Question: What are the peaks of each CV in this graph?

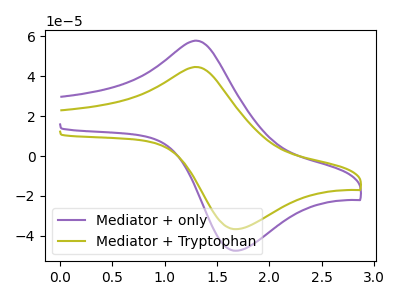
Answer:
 <answer>The purple curve "Mediator + only" has an anodic peak at (1.30V, 57.90uA) and a cathodic peak at (1.70V, -47.45uA). The olive curve "Mediator + Tryptophan" has an anodic peak at (1.30V, 44.70uA) and a cathodic peak at (1.70V, -36.65uA).</answer>
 <eval></eval>